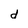
Character: d